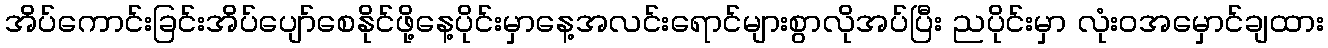
အိပ်ကောင်းခြင်းအိပ်ပျော်စေနိုင်ဖို့နေ့ပိုင်းမှာနေ့အလင်းရောင်များစွာလိုအပ်ပြီး ညပိုင်းမှာ လုံးဝအမှောင်ချထား